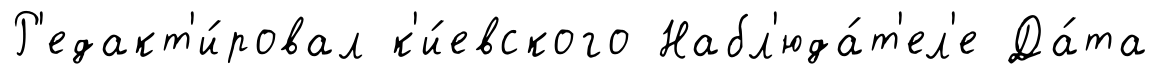
Р'едакт'и́ровал к'и́евского Набл'юда́т'ел'е Да́та